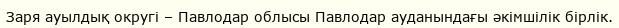
Заря ауылдық округі – Павлодар облысы Павлодар ауданындағы әкімшілік бірлік.